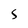
Character: 5